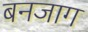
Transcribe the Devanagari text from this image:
बनजाग